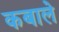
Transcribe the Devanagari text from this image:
कबाले